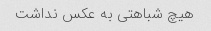
هیچ شباهتی به عکس نداشت